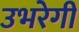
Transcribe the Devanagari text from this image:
उभरेगी